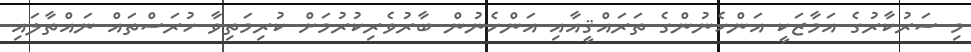
މި ސަރުކާރުގެ އަމާޒަކީ އަންހެނުންގެ ތަރައްޤީއާއި އަންހެނުން ބާރުވެރިކުރުމަށް ކުރިމަތިވާ ހުރަސްތައް ނައްތާލައި